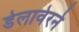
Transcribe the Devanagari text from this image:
डेलावेरने